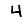
Digit: 4